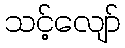
သင့်လျော်